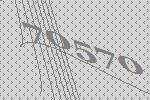
70570